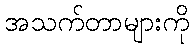
အသက်တာများကို